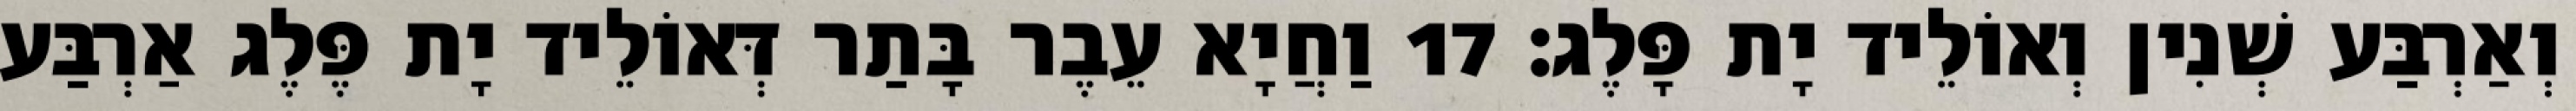
וְאַרְבַּע שְׁנִין וְאוֹלֵיד יָת פָּלֶג׃ 17 וַחֲיָא עֵבֶר בָּתַר דְּאוֹלֵיד יָת פֶּלֶג אַרְבַּע